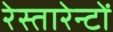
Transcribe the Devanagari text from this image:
रेस्तारेन्टों